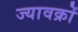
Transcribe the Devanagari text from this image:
ज्यावक्रों